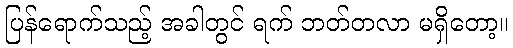
ပြန်ရောက်သည့် အခါတွင် ရက် ဘတ်တလာ မရှိတော့။